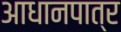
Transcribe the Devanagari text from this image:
आधानपात्र